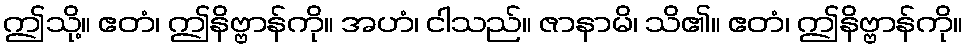
ဤသို့။ ဧတံ၊ ဤနိဗ္ဗာန်ကို။ အဟံ၊ ငါသည်။ ဇာနာမိ၊ သိ၏။ ဧတံ၊ ဤနိဗ္ဗာန်ကို။